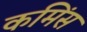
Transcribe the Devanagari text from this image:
कमिंस